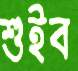
শুইব